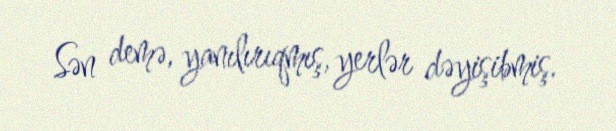
Sən demə, yanılırıqmış, yerlər dəyişibmiş.